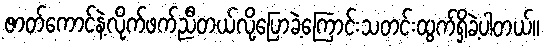
ဇာတ်ကောင်နဲ့လိုက်ဖက်ညီတယ်လို့ပြောခဲ့ကြောင်းသတင်းထွက်ရှိခဲ့ပါတယ်။